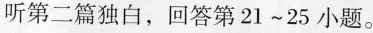
听第二篇独白，回答第 21~25 小题。